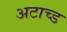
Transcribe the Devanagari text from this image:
अटाच्ड